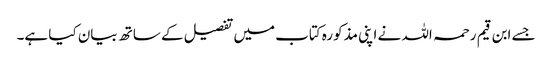
جسے ابن قیم رحمہ اللہ نے اپنی مذکورہ کتاب میں تفصیل کے ساتھ بیان کیا ہے۔